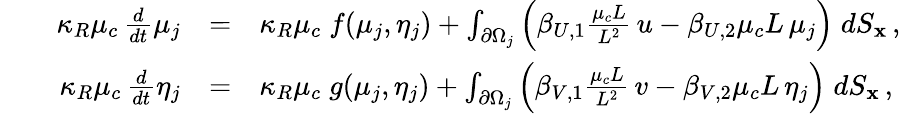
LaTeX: \begin{array}{lrrcl}&&{\kappa_{R}\mu_{c}\, \frac{d}{dt}\mu_{j}}&{=}&{\kappa_{R}\mu_{c}\; f(\mu_{j},\eta_{j})+\int_{\partial\Omega_{j}}\left(\beta_{U,1}\frac{\mu_{c}L}{L^{2}}\, u-\beta_{U,2}\mu_{c}L\, \mu_{j}\right)\; dS_{\mathbf x}\, ,}\\ &&{\kappa_{R}\mu_{c}\, \frac{d}{dt}\eta_{j}}&{=}&{\kappa_{R}\mu_{c}\; g(\mu_{j},\eta_{j})+\int_{\partial\Omega_{j}}\left(\beta_{V,1}\frac{\mu_{c}L}{L^{2}}\, v-\beta_{V,2}\mu_{c}L\, \eta_{j}\right)\; dS_{\mathbf x}\, ,}\end{array}